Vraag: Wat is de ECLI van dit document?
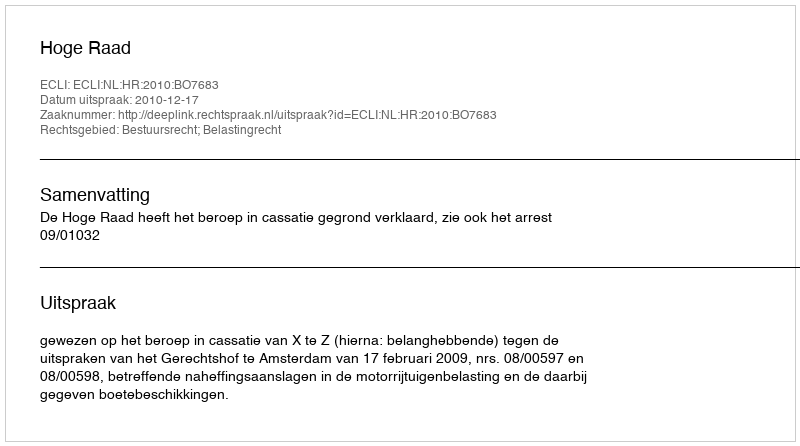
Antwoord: ECLI:NL:HR:2010:BO7683